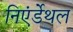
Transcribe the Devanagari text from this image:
निएंर्डेथल